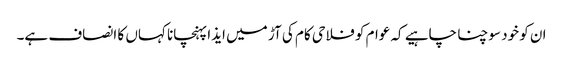
ان کو خود سوچنا چاہیے کہ عوام کو فلاحی کام کی آڑ میں ایذا پہنچانا کہاں کا انصاف ہے۔